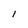
Character: l